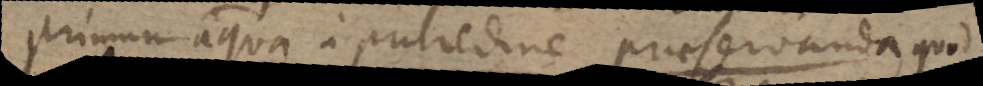
Primum aqua a putredine praeservanda, quod